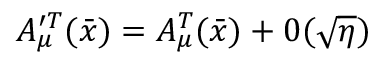
A _ { \mu } ^ { \prime T } ( \bar { x } ) = A _ { \mu } ^ { T } ( \bar { x } ) + 0 ( \sqrt { \eta } )